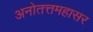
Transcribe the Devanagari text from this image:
अनोतत्तमहासर